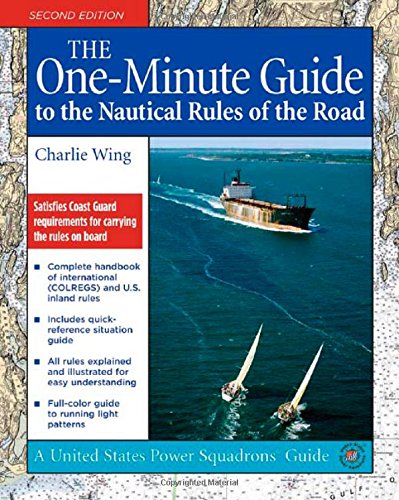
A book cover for The One-Minute Guide to the Nautical Rules of the Road (United States Power Squadrons Guides); Charlie Wing; Sports & Outdoors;